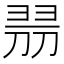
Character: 𠝧